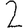
Digit: 2